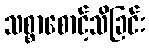
သစ္စာစောင့်သိခြင်း